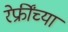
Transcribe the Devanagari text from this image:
रेफ्रींच्या